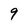
Character: 9